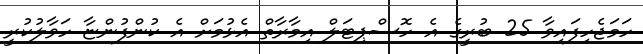
ހަމަޖެހިފައިވާ 25 ބުރީގެ އެ ހޮސްޕިޓަލް އިމާރާތް އެޅުމަށް އެ ކުންފުންޏާ ހަވާލުކުރީ